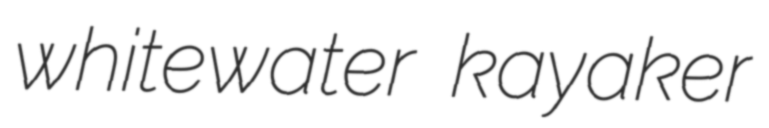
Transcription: whitewater kayaker